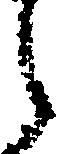
之